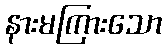
နားမကြားသော